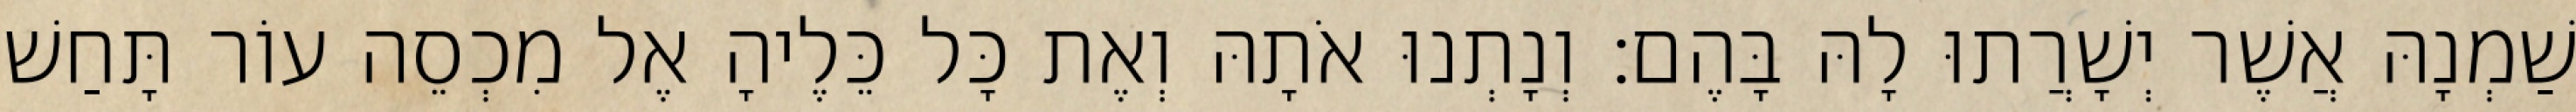
שַׁמְנָהּ אֲשֶׁר יְשָׁרֲתוּ לָהּ בָּהֶם׃ וְנָתְנוּ אֹתָהּ וְאֶת כָּל כֵּלֶיהָ אֶל מִכְסֵה עוֹר תָּחַשׁ